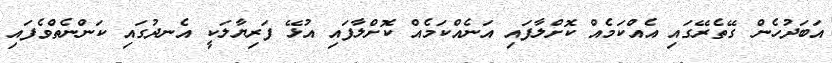
އަބަދުހެން ގޭތެރޭގައި އެއްކަމެއް ކޮށްލާފައި އަނެއްކަމެއް ކޮށްލާފައި އުޅޭ ފަރިޔާލަކީ އެނދުގައި ކަންނެތްވެފައި